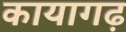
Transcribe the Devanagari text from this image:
कायागढ़